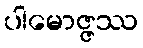
ပါမောဇ္ဇဿ